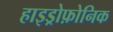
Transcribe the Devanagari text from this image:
हाइड्रोफ़ोनिक